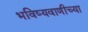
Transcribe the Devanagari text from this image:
भविष्यवाणीच्या